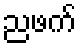
ညဖက်